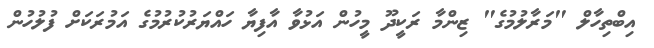
އިބްތިހާލް "މަރާލުމުގެ" ޒިންމާ ރަކީދޫ މީހުން އަޅުވާ އާފިޔާ ހައްޔަރުކުރުމުގެ އަމުރަކަށް ފުލުހުން